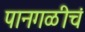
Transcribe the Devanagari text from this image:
पानगळीचं